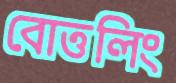
বোত্তলিং